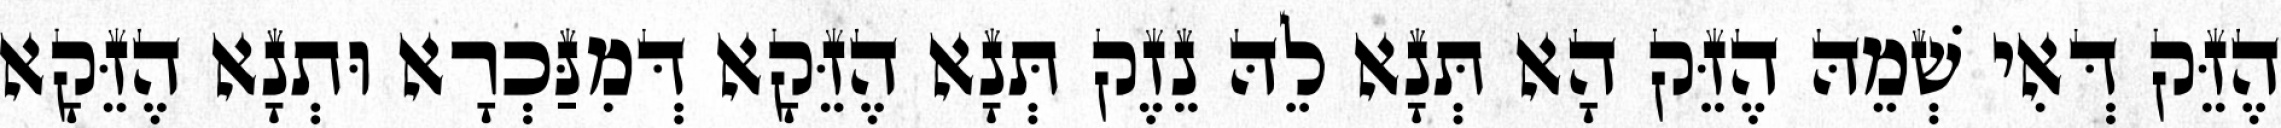
הֶזֵּק דְּאִי שְׁמֵהּ הֶזֵּק הָא תְּנָא לֵהּ נֵזֶק תְּנָא הֶזֵּקָא דְּמִנַּכְרָא וּתְנָא הֶזֵּקָא